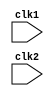
`timescale 1ns / 1ps
//////////////////////////////////////////////////////////////////////////////////
// Company: 
// Engineer: 
// 
// Design Name: 
// Module Name:    main 
// Project Name: 
// Target Devices: 
// Tool versions: 
// Description: 
//
// Dependencies: 
//
// Revision: 
// Revision 0.01 - File Created
// Additional Comments: 
//
//////////////////////////////////////////////////////////////////////////////////
module main( clk1, clk2 );

input clk1, clk2;

reg [31:0] PC, IF_ID_NPC, IF_ID_IR;

reg [31:0] ID_EX_IR, ID_EX_NPC, ID_EX_A, ID_EX_B, ID_EX_Imm;

reg [2:0]  ID_EX_type, EX_Mem_type, Mem_WB_type; 
//Here type is used to find the type of instruction weather it is register, immediate, branch,store ,load type

reg [31:0] EX_Mem_IR, EX_Mem_ALUout, EX_Mem_B;

reg EX_Mem_cond;

reg [31:0] Mem_WB_IR, Mem_WB_ALUout, Mem_WB_LMD;

// Memory and Regbank
reg [31:0] Reg[0:31];
reg [31:0] Mem[0:1023];

//Definiing opcode values
parameter ADD= 6'b000000, SUB=6'b000001, AND=6'b000010, OR=6'b000011, SLT=6'b000100, MUL=6'b000101, HLT=6'b111111, LW=6'b001000,
          SW=6'b001001, ADDI=6'b001010, SUBI=6'b001011, SLTI=6'b001100, BNEQZ=6'b001101, BEQZ=6'b001110;
			 
//types
parameter RR_ALU=3'b000, RM_ALU=3'b001, Load=3'b010, Store= 3'b011, Branch = 3'b100, Halt=3'b101;

reg HALTED;
  // Set after hlt instruction is completed(in wb stage)

reg TAKEN_BRANCH;
  


// *****Instruction Fetch*****

always @(posedge clk1)

if(HALTED == 0)
 begin
 if(((EX_Mem_IR[31:26] == BEQZ) && (EX_Mem_cond == 1)) || ((EX_Mem_IR[31:26] == BNEQZ) && (EX_Mem_cond == 0)))
    begin
	 IF_ID_IR     <= #2 Mem[EX_Mem_ALUout];
	 TAKEN_BRANCH <= #2 1'b1;
	 IF_ID_NPC    <= #2 EX_Mem_ALUout + 1;
	 PC           <= #2 EX_Mem_ALUout + 1;
	 
	 // Here we need to give both npc and pc the address calculated by aluout as we are doing pipeling  
	 end
 
 else 
    begin
	 IF_ID_IR  <= #2 Mem[PC]; 
	 PC        <= #2 PC+1;
	 IF_ID_NPC <= #2 PC+1;
 	 end
 end

// ***** Instruction Decode****

always @(posedge clk2)
if(HALTED == 0)
 begin
 if (IF_ID_IR[26:21] == 5'b00000) ID_EX_A <=0; //r0=0 always
 else ID_EX_A <= #2 Reg[IF_ID_IR[25:21]]; //rs
 // Here Reg[IF_ID_IR[25:21]] means we are accessing the data stored in register IR whose value is given in bit [25:21] and give it to A
 
 if (IF_ID_IR[20:16] == 5'b00000) ID_EX_B <=0;
 else ID_EX_B <= #2 Reg[IF_ID_IR[20:16]]; //rt
 
 ID_EX_NPC <= #2 IF_ID_NPC;
 ID_EX_IR  <= #2 IF_ID_IR;
 ID_EX_Imm <= #2 {{16{IF_ID_IR[15]}} , {IF_ID_IR[15:0]}};
 // here we sign extend the 15th bit of IR to make Imm 32 bit 
 
 case(IF_ID_IR[31:26])
  ADD,SUB,MUL,OR,SLT,MUL: ID_EX_type <= #2 RR_ALU;
  ADDI,SUBI,SLTI:         ID_EX_type <= #2 RM_ALU;
  LW:                     ID_EX_type <= #2 Load;
  SW:                     ID_EX_type <= #2 Store;
  BNEQZ,BEQZ:             ID_EX_type <= #2 Branch;
  HLT:                    ID_EX_type <= #2 Halt;
  default:                ID_EX_type <= #2 Halt;
  
 endcase
 end
 
//*****Execution Stage****

always  @(posedge clk1 )
if (HALTED == 0 )
 begin
 EX_Mem_IR   <= #2 ID_EX_IR;
 EX_Mem_type <= #2 ID_EX_type;
 TAKEN_BRANCH <=#2 1'b0;
// WE need to disable instructions for 2 clk cycles if we use branch
 
 case (ID_EX_type)
  RR_ALU: begin
           case(ID_EX_IR[31:26])
			  ADD:     EX_Mem_ALUout <= #2 ID_EX_A + ID_EX_B;
           SUB:     EX_Mem_ALUout <= #2 ID_EX_A - ID_EX_B;
           AND:     EX_Mem_ALUout <= #2 ID_EX_A & ID_EX_B;
           OR:      EX_Mem_ALUout <= #2 ID_EX_A | ID_EX_B;
           SLT:     EX_Mem_ALUout <= #2 ID_EX_A < ID_EX_B;			  
			  MUL:     EX_Mem_ALUout <= #2 ID_EX_A * ID_EX_B;
			  default: EX_Mem_ALUout <= #2 32'hxxxxxxxx;  
			  endcase
			  end
			  
  RM_ALU:begin
           case(ID_EX_IR[31:26])
			  ADDI:     EX_Mem_ALUout <= #2 ID_EX_A + ID_EX_Imm;
           SUBI:     EX_Mem_ALUout <= #2 ID_EX_A - ID_EX_Imm;
           SLTI:     EX_Mem_ALUout <= #2 ID_EX_A & ID_EX_Imm;
           default: EX_Mem_ALUout <= #2 32'hxxxxxxxx;  
			  endcase
			  end
			  
   Load, Store:begin
                EX_Mem_ALUout <= #2 ID_EX_A + ID_EX_Imm;
					 EX_Mem_B      <= #2 ID_EX_B; 
			      end
					
	Branch:begin
	       EX_Mem_ALUout <= ID_EX_NPC + ID_EX_Imm;
			 EX_Mem_cond   <= (ID_EX_A == 0);
	       end
			  
 endcase			  
 end
 
 //*****MEM stage*****
 
 always @(posedge clk2)
 if (HALTED == 0)
 begin
 Mem_WB_type <= #2 EX_Mem_type;
 Mem_WB_IR   <= #2 EX_Mem_IR;
 
 case (EX_Mem_type)
  RR_ALU,RM_ALU:  Mem_WB_ALUout <= #2 EX_Mem_ALUout;
  
  Load:           Mem_WB_LMD    <= #2 Mem[EX_Mem_ALUout];
  
  Store:         if(TAKEN_BRANCH == 0) 
                  Mem[EX_Mem_ALUout] <= #2 EX_Mem_B;
        
  
                
 endcase
 end
 
always @(posedge clk1)
 begin
 if(TAKEN_BRANCH == 0)
 case(Mem_WB_type)
 RR_ALU: Reg[Mem_WB_IR[15:11]] <= #2 Mem_WB_ALUout;
 
 RM_ALU: Reg[Mem_WB_IR[20:16]] <= #2 Mem_WB_ALUout;
 
 Load:   Reg[Mem_WB_IR[20:16]] <= #2 Mem_WB_LMD;
 
 Halt:   HALTED                <=#2 1'b1;
 endcase
 end
 






endmodule